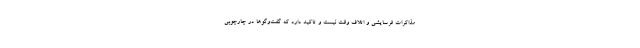
مذاکرات فرسایشی و اتلاف وقت نیست و تاکید دارد که گفت‌وگوها در چارچوبی